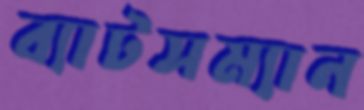
ব্যাটসম্যান